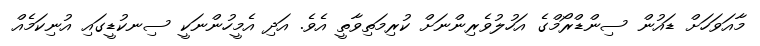
މާއަވަހަށް ޑައުން ސިންޑްރޯމްގެ އަހުލުވެރިންނަށް ކުރިމަތިވާތީ އެވެ. އަދި އެމީހުންނަކީ ސިނކުޑީގައި އުނިކަމެއް